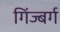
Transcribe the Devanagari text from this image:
गिंज्बर्ग